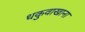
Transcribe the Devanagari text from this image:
धकुवाखाना